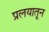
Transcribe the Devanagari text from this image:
प्रलयातून